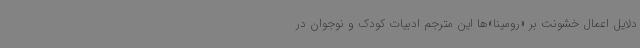
دلایل اعمال خشونت بر «رومینا»ها این مترجم ادبیات کودک و نوجوان در